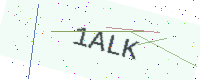
Text: 1ALK